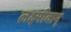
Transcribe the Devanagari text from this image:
लक्ष्मीवान्